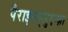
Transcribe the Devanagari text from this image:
पैराइन्फ़्लुएन्ज़ा